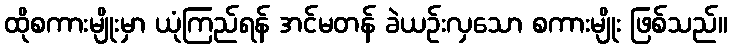
ထိုစကားမျိုးမှာ ယုံကြည်ရန် အင်မတန် ခဲယဉ်းလှသော စကားမျိုး ဖြစ်သည်။